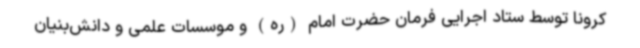
کرونا توسط ستاد اجرایی فرمان حضرت امام (ره) و موسسات علمی و دانش‌بنیان